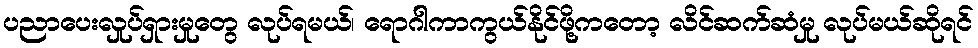
ပညာပေးလှုပ်ရှားမှုတွေ လုပ်ရမယ်၊ ရောဂါကာကွယ်နိုင်ဖို့ကတော့ လိင်ဆက်ဆံမှု လုပ်မယ်ဆိုရင်